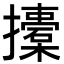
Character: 𢸨